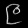
Digit: ၉